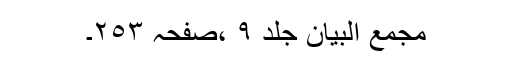
مجمع البیان جلد ٩ ،صفحہ ٢٥٣۔